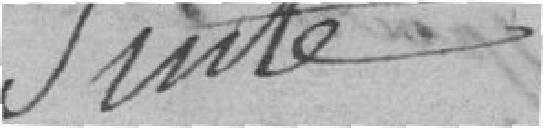
Suite